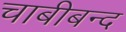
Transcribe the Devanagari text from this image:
चाबीबन्द